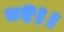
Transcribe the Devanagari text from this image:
८१।।